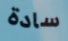
سادة